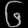
Digit: ၆